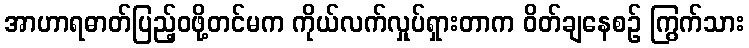
အာဟာရဓာတ်ပြည့်ဝဖို့တင်မက ကိုယ်လက်လှုပ်ရှားတာက ဝိတ်ချနေစဉ် ကြွက်သား